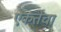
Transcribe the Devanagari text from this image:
एकतेचा